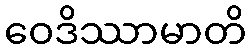
ဝေဒိဿာမာတိ